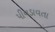
પીવડાવતા